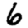
Digit: 6